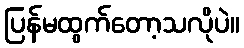
ပြန်မထွက်တော့သလိုပဲ။